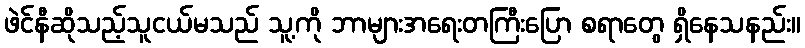
ဖဲင်နီဆိုသည့်သူငယ်မသည် သူ့ကို ဘာများအရေးတကြီးပြော စရာတွေ ရှိနေသနည်း။